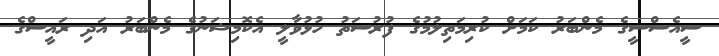
ސީއެސްސީގެ މެންބަރު ކަމަށް ކުރިމަތިލުމުގެ ފުރުސަތު ހުޅުވާލީ އެކޮމިޝަނުގެ މެންބަރު އަދި ރައީސްގެ